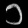
Digit: ၁